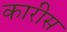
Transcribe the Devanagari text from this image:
कारीस